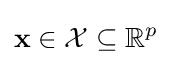
\mathbf {x} \in {\mathcal {X}}\subseteq \mathbb {R} ^{p}